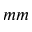
m m